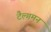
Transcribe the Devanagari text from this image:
टैल्गमन